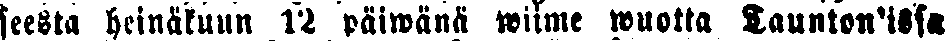
seesta heinäkuun 12 päiwänä wiime wuotta Taunton'issa